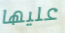
عليها